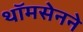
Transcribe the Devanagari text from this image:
थॉमसेनने